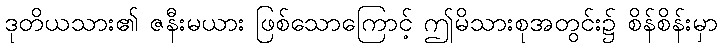
ဒုတိယသား၏ ဇနီးမယား ဖြစ်သောကြောင့် ဤမိသားစုအတွင်း၌ စိန်စိန်းမှာ